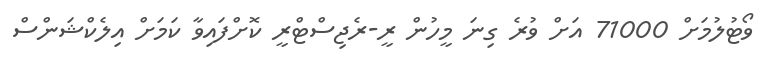
ވޯޓުލުމަށް 71000 އަށް ވުރެ ގިނަ މީހުން ރީ-ރެޖިސްޓްރީ ކޮށްފައިވާ ކަމަށް އިލެކްޝަންސް